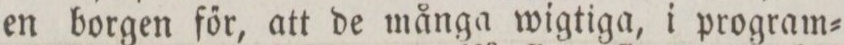
en borgen főr, att de många wigtiga, i program=